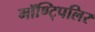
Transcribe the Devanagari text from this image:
मॉण्ट्पिलिर